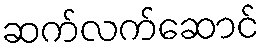
ဆက်လက်ဆောင်